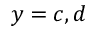
y = c , d